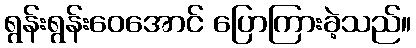
ရွန်းရွန်းဝေအောင် ပြောကြားခဲ့သည်။